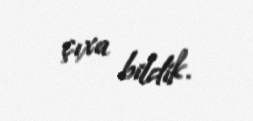
çıxa bildik.